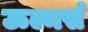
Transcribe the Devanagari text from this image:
ऊल्मर्स